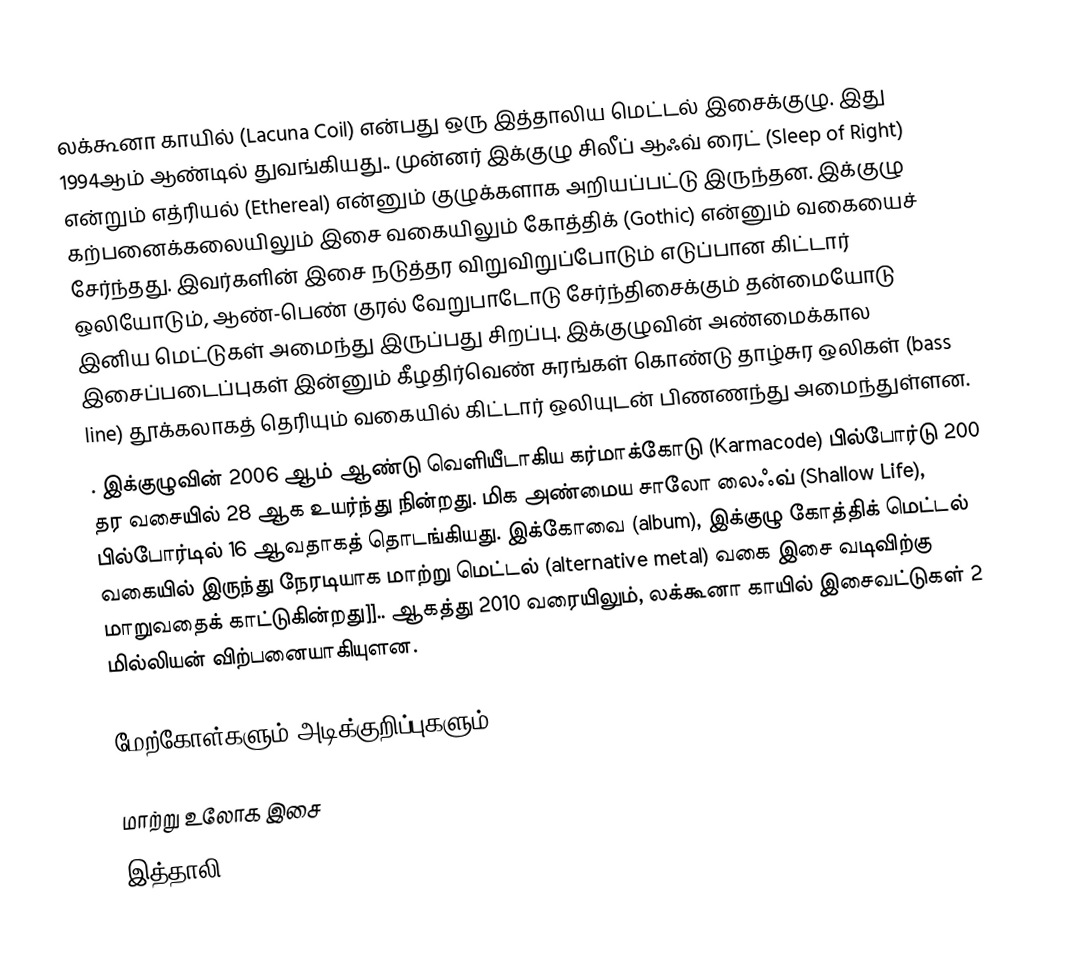
லக்கூனா காயில் (Lacuna Coil) என்பது ஒரு இத்தாலிய மெட்டல் இசைக்குழு. இது 1994ஆம் ஆண்டில் துவங்கியது.. முன்னர் இக்குழு சிலீப் ஆஃவ் ரைட் (Sleep of Right) என்றும் எத்ரியல் (Ethereal) என்னும் குழுக்களாக அறியப்பட்டு இருந்தன. இக்குழு கற்பனைக்கலையிலும் இசை வகையிலும் கோத்திக் (Gothic) என்னும் வகையைச் சேர்ந்தது. இவர்களின் இசை நடுத்தர விறுவிறுப்போடும் எடுப்பான கிட்டார் ஒலியோடும், ஆண்-பெண் குரல் வேறுபாடோடு சேர்ந்திசைக்கும் தன்மையோடு இனிய மெட்டுகள் அமைந்து இருப்பது சிறப்பு. இக்குழுவின் அண்மைக்கால இசைப்படைப்புகள் இன்னும் கீழதிர்வெண் சுரங்கள் கொண்டு தாழ்சுர ஒலிகள் (bass line) தூக்கலாகத் தெரியும் வகையில் கிட்டார் ஒலியுடன் பிணணந்து அமைந்துள்ளன.
. இக்குழுவின் 2006 ஆம் ஆண்டு வெளியீடாகிய கர்மாக்கோடு (Karmacode) பில்போர்டு 200 தர வசையில் 28 ஆக உயர்ந்து நின்றது. மிக அண்மைய சாலோ லைஃவ் (Shallow Life), பில்போர்டில் 16 ஆவதாகத் தொடங்கியது. இக்கோவை (album), இக்குழு கோத்திக் மெட்டல் வகையில் இருந்து நேரடியாக மாற்று மெட்டல் (alternative metal) வகை இசை வடிவிற்கு மாறுவதைக் காட்டுகின்றது]].. ஆகத்து 2010 வரையிலும், லக்கூனா காயில் இசைவட்டுகள் 2 மில்லியன் விற்பனையாகியுளன.

மேற்கோள்களும் அடிக்குறிப்புகளும்

மாற்று உலோக இசை
இத்தாலி